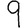
Digit: 9